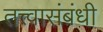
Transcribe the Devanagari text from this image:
तत्त्वासंबंधी